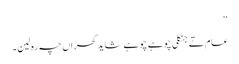
‘‘
عام تے جنگلی چوہے چوہے شاید گھراں چہ رہ لین۔